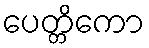
ပေတ္တိကော